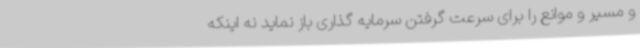
و مسیر و موانع را برای سرعت گرفتن سرمایه گذاری باز نماید نه اینکه